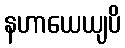
နဟာယေယျပိ